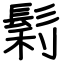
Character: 鬁